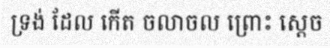
ទ្រង់ ដែល កើត ចលាចល ព្រោះ ស្តេច